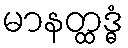
မာနတ္ထဒ္ဓံ